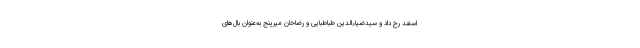
اسفند رخ داد و سیدضیاءالدین طباطبایی و رضاخان میرپنج به‌عنوان بال‌های